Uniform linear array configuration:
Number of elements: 32
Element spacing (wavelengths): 0.5
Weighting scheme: exponential
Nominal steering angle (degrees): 15
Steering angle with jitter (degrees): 14.157
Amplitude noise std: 0.05
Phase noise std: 0.05

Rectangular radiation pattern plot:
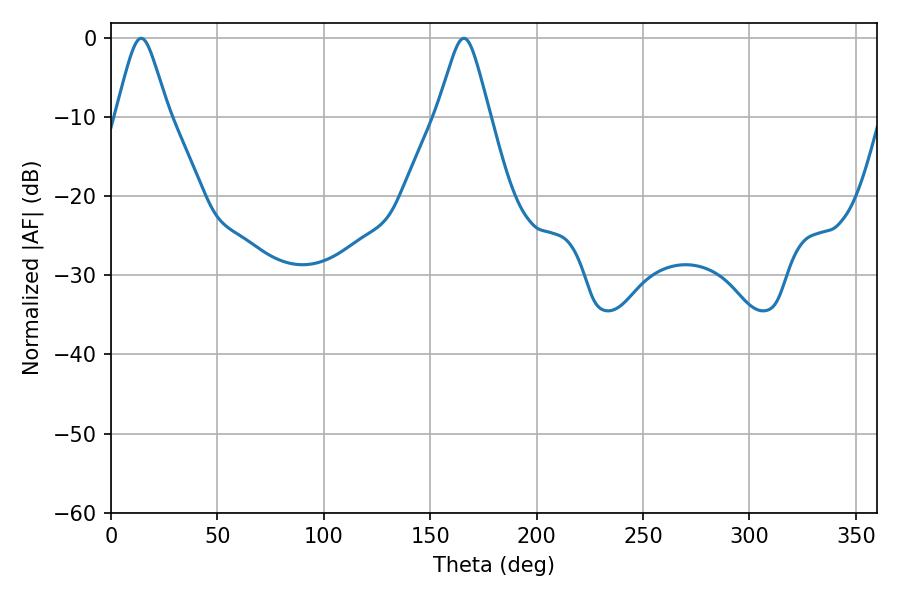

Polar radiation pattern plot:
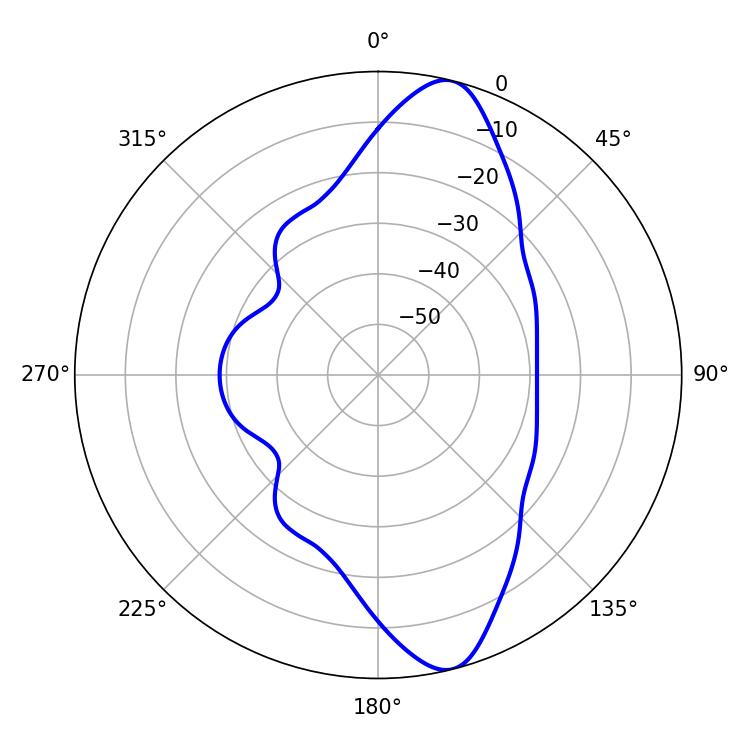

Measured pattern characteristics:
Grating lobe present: FALSE
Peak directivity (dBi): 11.834
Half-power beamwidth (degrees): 11.88
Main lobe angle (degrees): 14.22